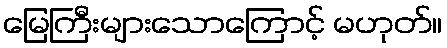
မြေကြီးများသောကြောင့် မဟုတ်။